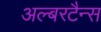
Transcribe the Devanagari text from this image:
अल्बरटैन्स